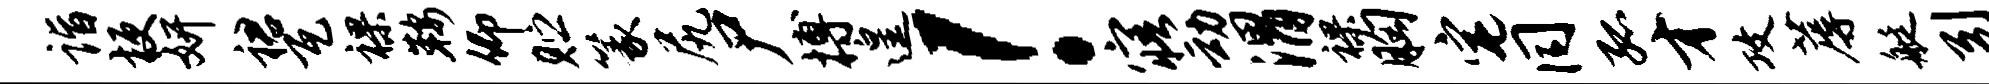
诣梗妍裙瓦裸鞍仰贮篆尻尸搏遑！寤动渭裸胸宅同孤才攻蓐艇引